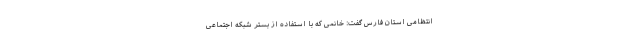
انتظامی استان فارس گفت: خانمی که با استفاده از بستر شبکه‌ اجتماعی